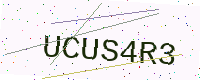
Text: UCUS4R3